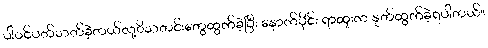
ပါဝင်ပတ်သတ်ခဲ့တယ်လု့ိသတင်းတွေထွက်ခဲ့ပြီး နောက်ပိုင်း ရာထူးက နုတ်ထွက်ခဲ့ရပါတယ်။